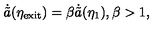
\dot { \tilde { a } } ( \eta _ { \mathrm { e x i t } } ) = \beta \dot { \tilde { a } } ( \eta _ { 1 } ) , \beta > 1 ,